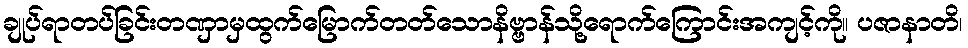
ချုပ်ရာတပ်ခြင်းတဏှာမှထွက်မြောက်တတ်သောနိဗ္ဗာန်သို့ရောက်ကြောင်းအကျင့်ကို။ ပဇာနာတိ၊